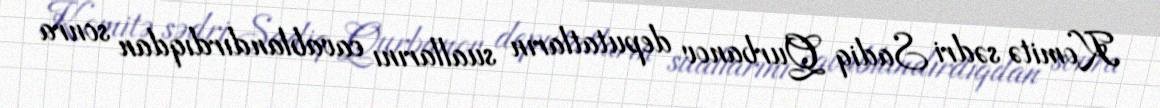
Komitə sədri Sadiq Qurbanov deputatların suallarını cavablandırdıqdan sonra